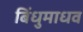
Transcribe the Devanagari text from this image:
बिंधुमाधव